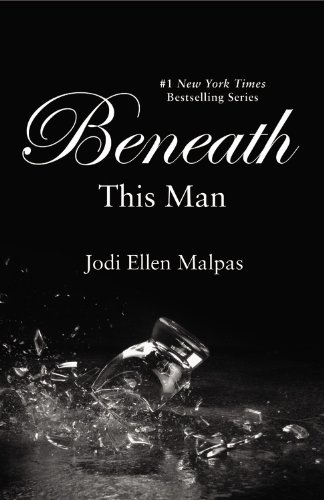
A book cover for Beneath This Man (This Man Trilogy); Jodi Ellen Malpas; Romance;